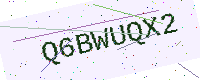
Text: Q6BWUQX2